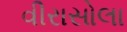
વીરાસોલા